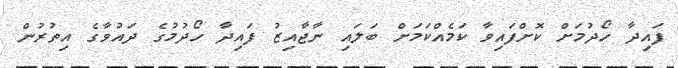
ފައިދާ ހޯދުމަށް ކޮށްފައިވާ ކަމެއްކަމަށް ބަލައި ނާޖާއިޒު ފައިދާ ހޯދުމުގެ ދައުވާގެ އިތުރުން